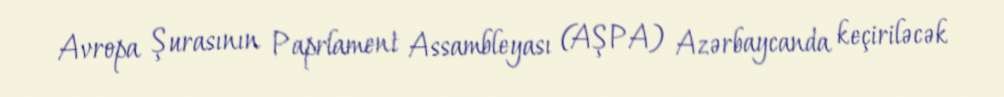
Avropa Şurasının Paprlament Assambleyası (AŞPA) Azərbaycanda keçiriləcək